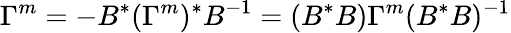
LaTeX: \Gamma^{m}=-B^{*}(\Gamma^{m})^{*}B^{-1}=(B^{*}B)\Gamma^{m}(B^{*}B)^{-1}